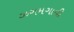
ઝગમગાવી